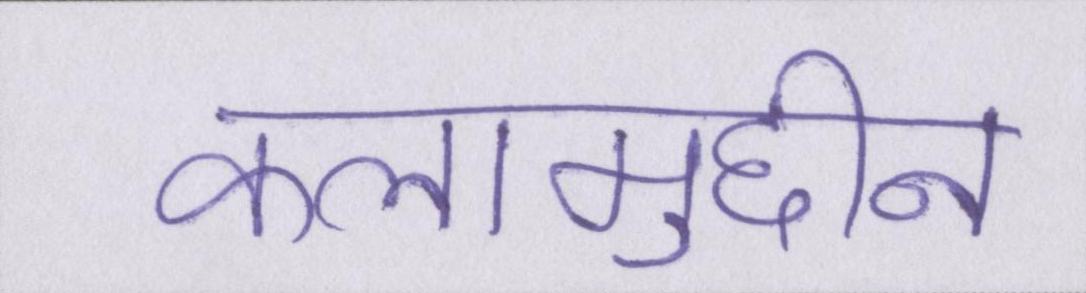
कलामुद्दीन